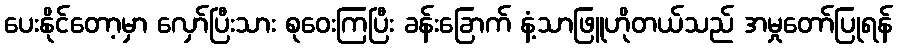
ပေးနိုင်တော့မှာ လှော်ပြီးသား စုဝေးကြပြီး ခန်းခြောက် နံ့သာဖြူဟိုတယ်သည် အမှုတော်ပြုရန်